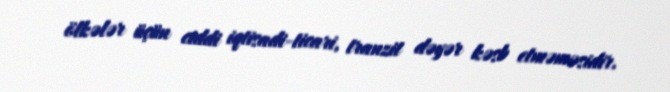
ölkələr üçün ciddi iqtisadi-ticari, tranzit dəyər kəsb etməməsidir.